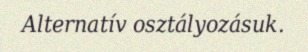
Alternatív osztályozásuk.